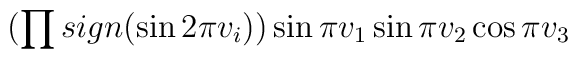
(\prod sign(\sin2\pi v_i))\sin \pi v_1 \sin \pi v_2 \cos \pi v_3